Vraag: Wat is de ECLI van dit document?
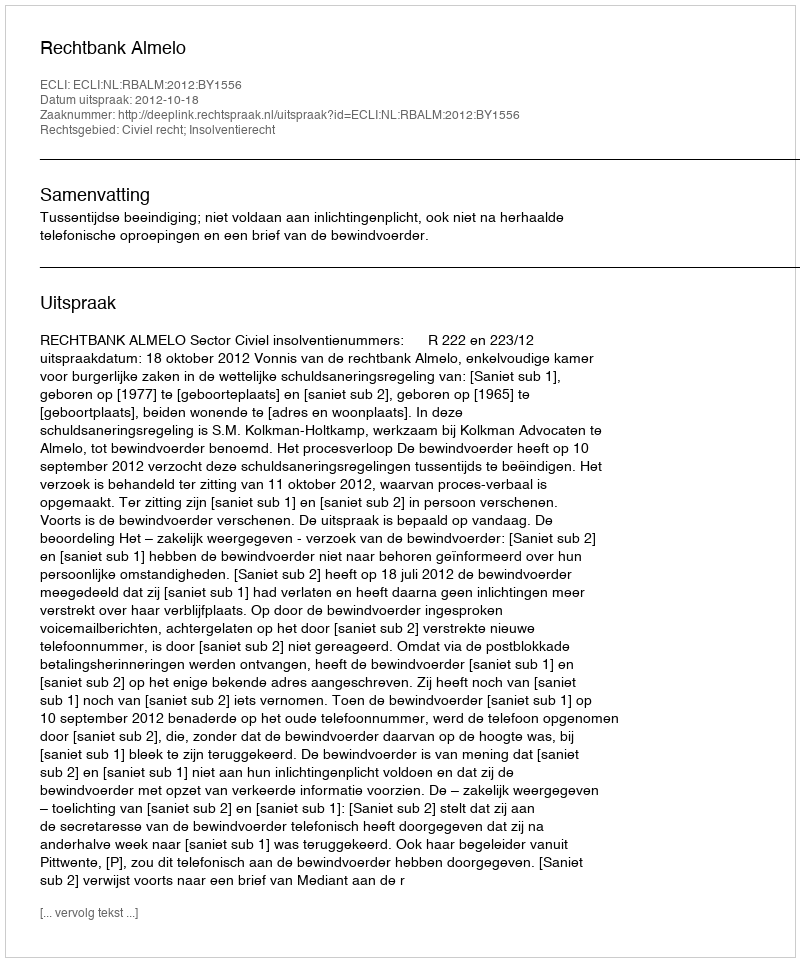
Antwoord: ECLI:NL:RBALM:2012:BY1556